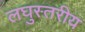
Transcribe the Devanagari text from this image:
लघुस्तरीय